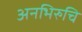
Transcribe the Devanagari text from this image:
अनभिरुचि